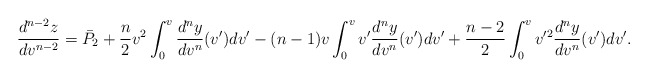
\begin{align*} \frac{d^{n-2}z}{dv^{n-2}}=\bar{P}_2+\frac{n}{2}v^2\int_0^v\frac{d^ny}{dv^n}(v')dv'-(n-1)v\int_0^vv'\frac{d^ny}{dv^n}(v')dv'+\frac{n-2}{2}\int_0^vv'^2\frac{d^ny}{dv^n}(v')dv'.\end{align*}